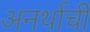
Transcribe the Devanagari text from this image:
अनर्थाची